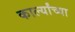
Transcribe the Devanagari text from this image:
कार्ल्यांच्या